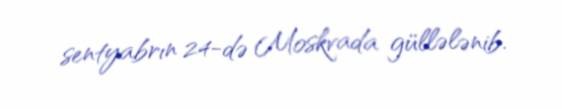
sentyabrın 24-də Moskvada güllələnib.